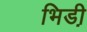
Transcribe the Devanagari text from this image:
भिडी़